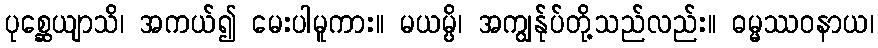
ပုစ္ဆေယျာသိ၊ အကယ်၍ မေးပါမူကား။ မယမ္ပိ၊ အကျွန်ုပ်တို့သည်လည်း။ ဓမ္မဿဝနာယ၊